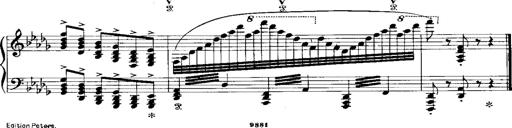
Title: RÃ©miniscences de 'Lucia di Lammermoor'
Composer: Franz Liszt